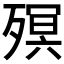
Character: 𣩆